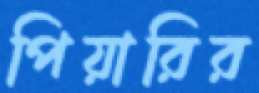
পিয়ারির